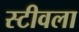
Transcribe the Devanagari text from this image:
स्टीवला